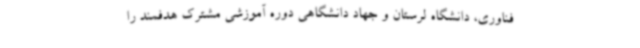
فناوری، دانشگاه لرستان و جهاد دانشگاهی دوره آموزشی مشترک هدفمند را